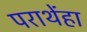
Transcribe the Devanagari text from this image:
पराथेंहा